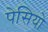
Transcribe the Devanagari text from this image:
पेसियो